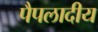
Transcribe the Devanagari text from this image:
पैपलादीय